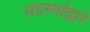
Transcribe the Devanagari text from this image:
सदस्यांद्वारे